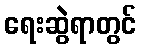
ရေးဆွဲရာတွင်